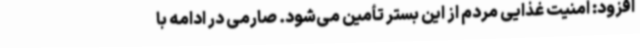
افزود: امنیت غذایی مردم از این بستر تأمین می‌شود. صارمی در ادامه با